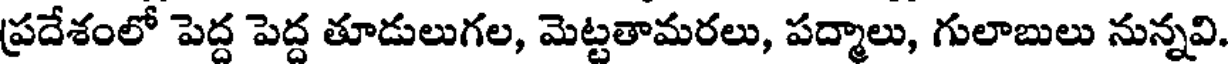
ప్రదేశంలో పెద్ద పెద్ద తూడులుగల, మెట్టతామరలు, పద్మాలు, గులాబులు నున్నవి.